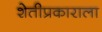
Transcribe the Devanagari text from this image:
शेतीप्रकाराला